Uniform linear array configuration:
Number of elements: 32
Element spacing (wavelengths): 0.5
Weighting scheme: hann
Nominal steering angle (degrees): -15
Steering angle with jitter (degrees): -14.665
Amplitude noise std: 0.05
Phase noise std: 0.05

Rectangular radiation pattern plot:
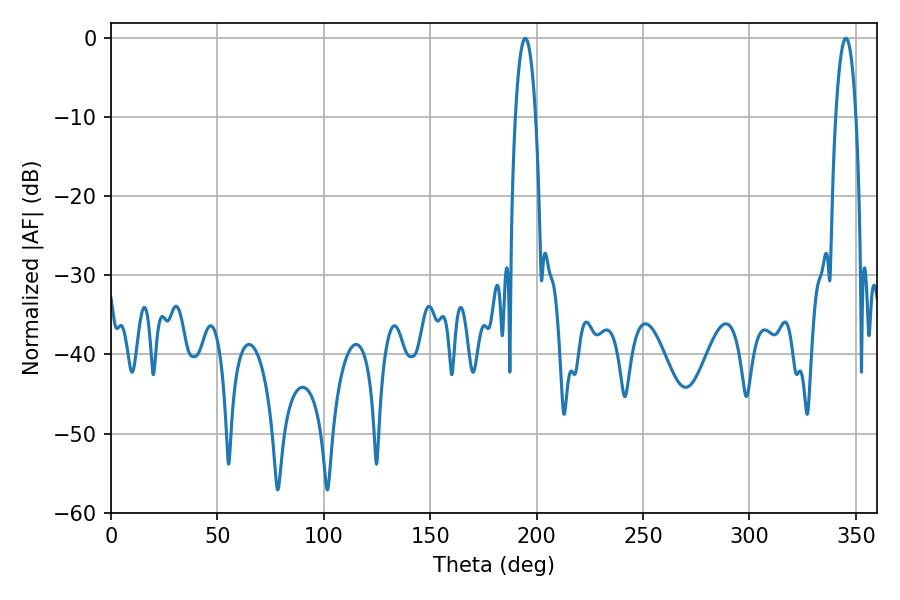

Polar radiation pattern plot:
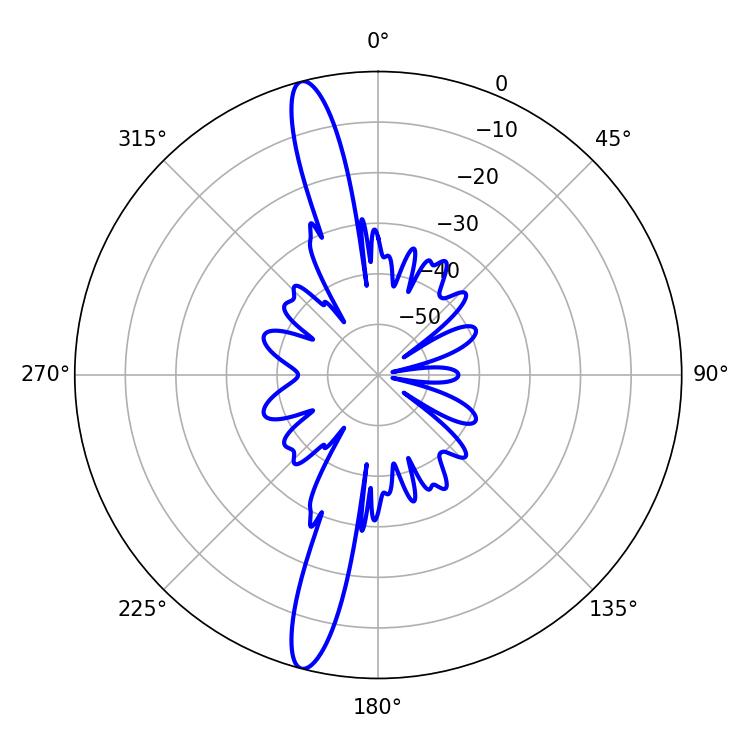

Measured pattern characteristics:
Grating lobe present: FALSE
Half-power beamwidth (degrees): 5.22
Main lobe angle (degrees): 194.58